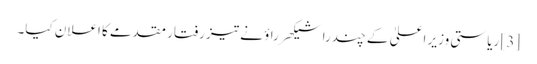
[3] ریاستی وزیر اعلیٰ کے چندرا شیکھر راؤ نے تیز رفتار مقدمے کا اعلان کیا۔